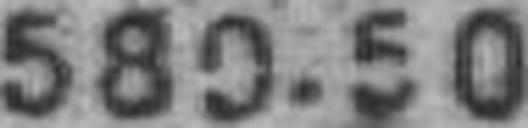
580.50